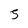
Character: 5